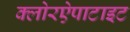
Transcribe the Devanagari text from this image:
क्लोरऐपाटाइट